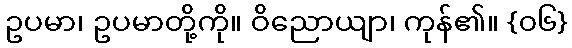
ဥပမာ၊ ဥပမာတို့ကို။ ဝိညောယျာ၊ ကုန်၏။ {၀၆}